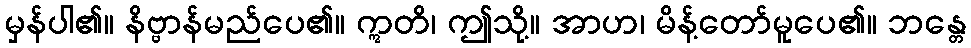
မှန်ပါ၏။ နိဗ္ဗာန်မည်ပေ၏။ ဣတိ၊ ဤသို့။ အာဟ၊ မိန့်တော်မူပေ၏။ ဘန္တေ